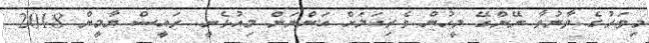
މިވަރުގެ ވާނުވާ ނޭންގޭ މީހުން ވެރިކަމަށް އަންނަން މިއުޅެނީ. ރައީސް ޔާމީން 2018